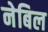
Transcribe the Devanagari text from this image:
नेबिल